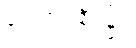
ပေးအပ်ချီးမြှင့်